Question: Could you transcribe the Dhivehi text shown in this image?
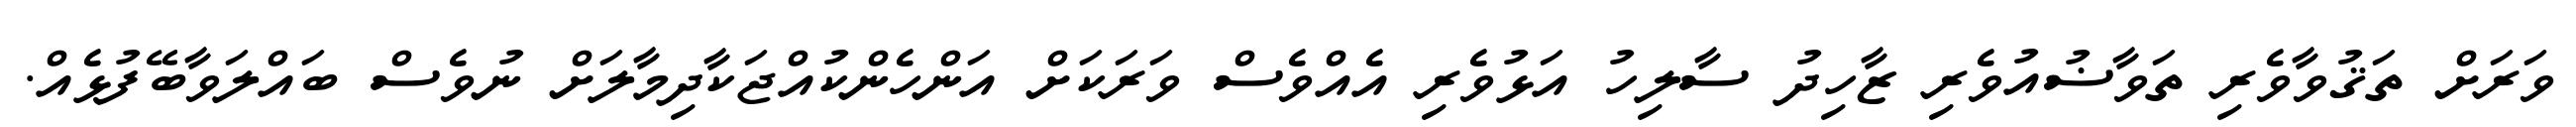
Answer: ވަރަށް ތަޤުވާވެރި ތަވާޟުއުވެރި ޒާހިދު ސާލިހު އަޅުވެރި އެއްވެސް ވަރަކަށް އަންހެންކުއްޖަކާދިމާލަށް ނުވެސް ބައްލަވާބޭފުޅެއް.